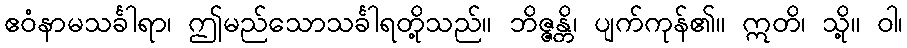
ဧဝံနာမသင်္ခါရာ၊ ဤမည်သောသင်္ခါရတို့သည်။ ဘိဇ္ဇန္တိ၊ ပျက်ကုန်၏။ ဣတိ၊ သို့။ ဝါ၊